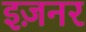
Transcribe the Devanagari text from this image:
इज़नर